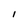
Character: I